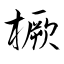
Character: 橛